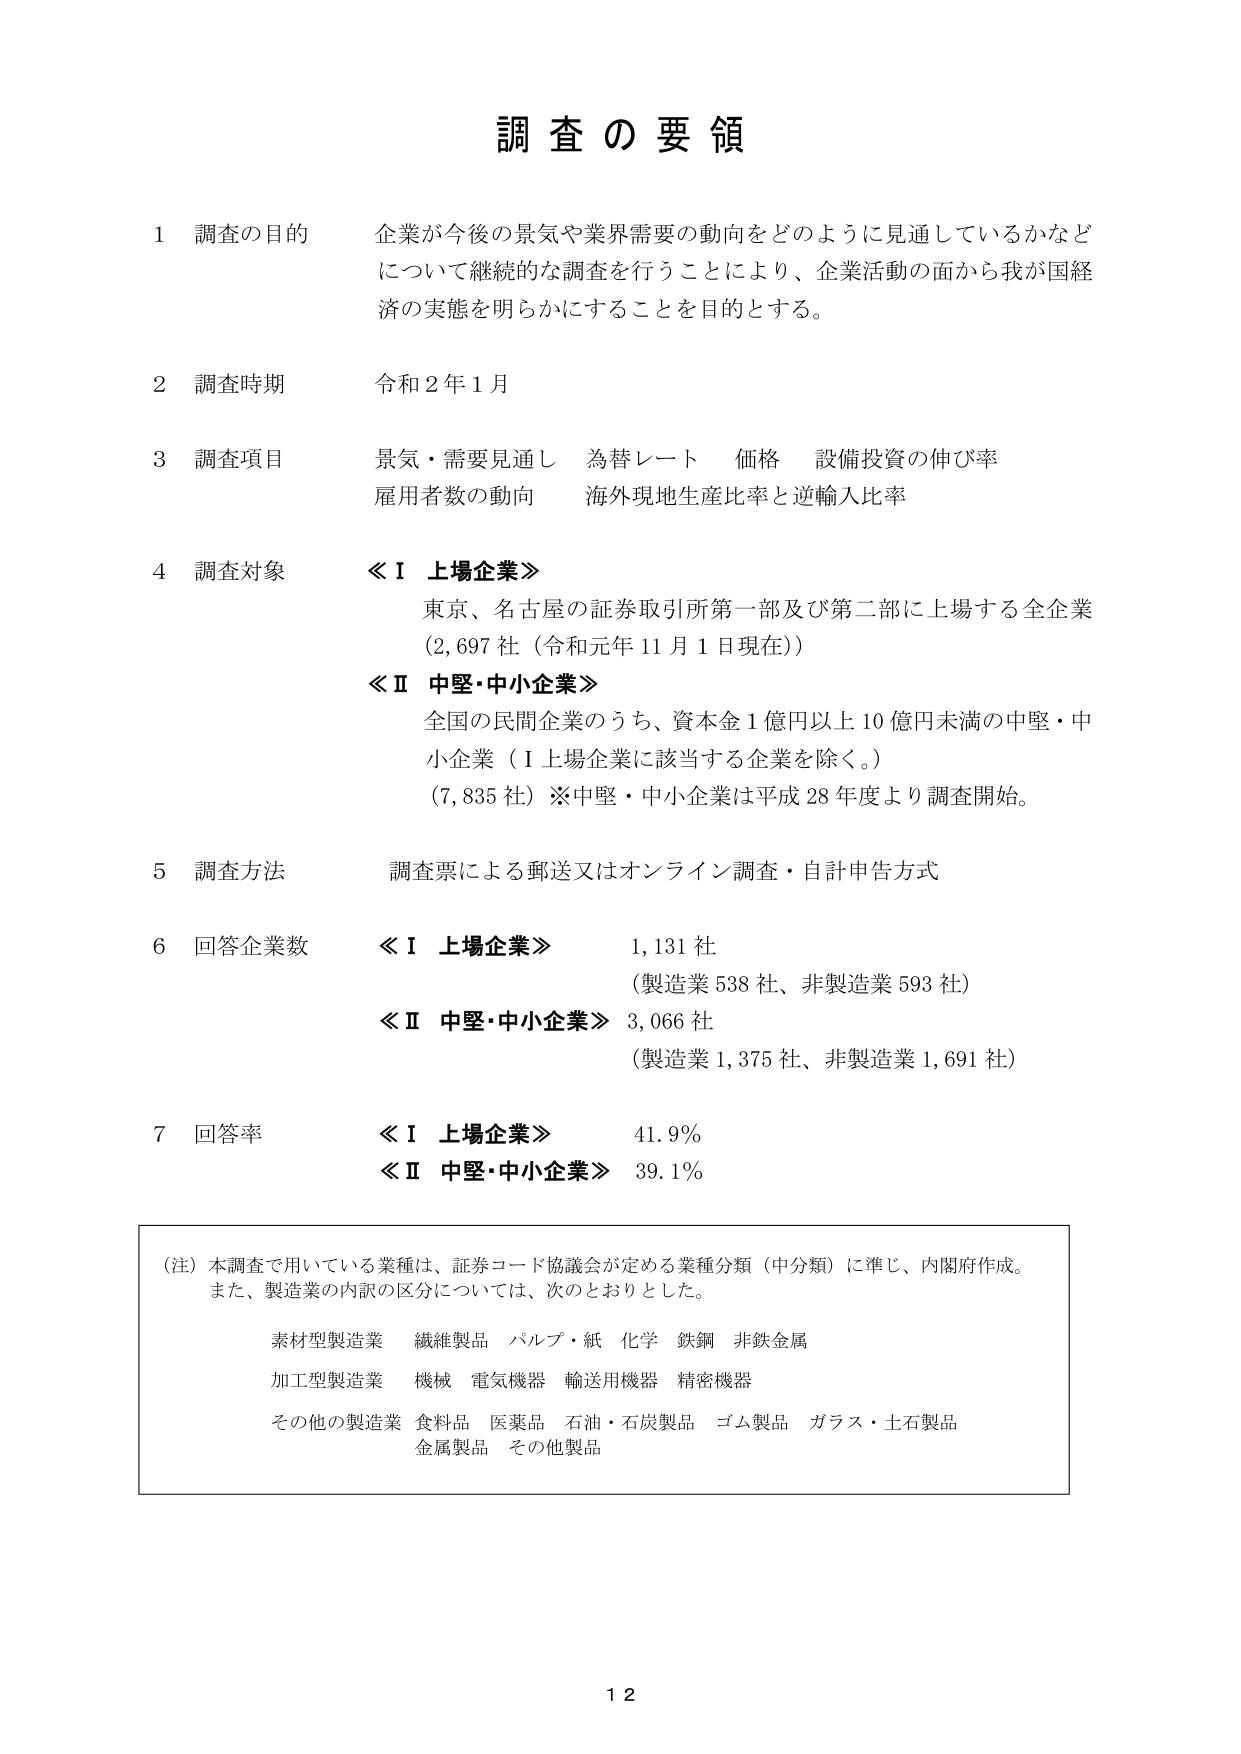
調査の要領

1 調査の目的 企業が今後の景気や業界需要の動向をどのように見通しているかなどについて継続的な調査を行うことにより、企業活動の面から我が国経済の実態を明らかにすることを目的とする。

2 調査時期 令和2年1月

3 調査項目 景気・需要見通し 為替レート 価格 設備投資の伸び率 雇用者数の動向 海外現地生産比率と逆輸入比率

4 調査対象 ≪Ⅰ 上場企業≫ 東京、名古屋の証券取引所第一部及び第二部に上場する全企業 (2,697社（令和元年11月1日現在）) ≪Ⅱ 中堅・中小企業≫ 全国の民間企業のうち、資本金1億円以上10億円未満の中堅・中小企業（Ⅰ上場企業に該当する企業を除く。） (7,835社) ※中堅・中小企業は平成28年度より調査開始。

5 調査方法 調査票による郵送又はオンライン調査・自計申告方式

6 回答企業数 ≪Ⅰ 上場企業≫ 1,131社 (製造業538社、非製造業593社) ≪Ⅱ 中堅・中小企業≫ 3,066社 (製造業1,375社、非製造業1,691社)

7 回答率 ≪Ⅰ 上場企業≫ 41.9% ≪Ⅱ 中堅・中小企業≫ 39.1%

（注）本調査で用いている業種は、証券コード協議会が定める業種分類（中分類）に準じ、内閣府作成。 また、製造業の内訳の区分については、次のとおりとした。 素材型製造業 繊維製品 パルプ・紙 化学 鉄鋼 非鉄金属 加工型製造業 機械 電気機器 輸送用機器 精密機器 その他の製造業 食料品 医薬品 石油・石炭製品 ゴム製品 ガラス・土石製品 金属製品 その他製品

12